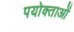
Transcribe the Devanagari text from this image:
पयोक्ताओं